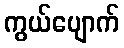
ကွယ်ပျောက်